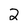
Character: 2